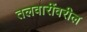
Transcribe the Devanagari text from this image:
तलवारींवरील